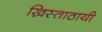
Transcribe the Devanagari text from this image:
ख्रिस्ताठायी